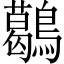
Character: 𪆰